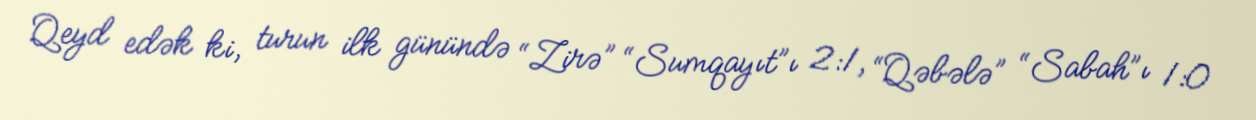
Qeyd edək ki, turun ilk günündə “Zirə” “Sumqayıt”ı 2:1, “Qəbələ” “Sabah”ı 1:0